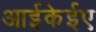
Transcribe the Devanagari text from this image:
आईकेईए